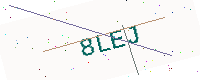
Text: 8LEJ